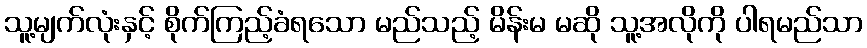
သူ့မျက်လုံးနှင့် စိုက်ကြည့်ခံရသော မည်သည့် မိန်းမ မဆို သူ့အလိုကို ပါရမည်သာ